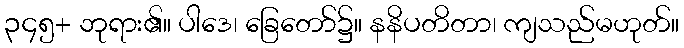
၃၄၅+ ဘုရား၏။ ပါဒေ၊ ခြေတော်၌။ နနိပတိတာ၊ ကျသည်မဟုတ်။